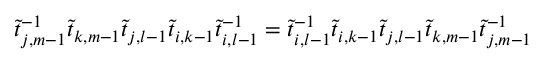
\widetilde { t } _ { j , m - 1 } ^ { - 1 } \widetilde { t } _ { k , m - 1 } \widetilde { t } _ { j , l - 1 } \widetilde { t } _ { i , k - 1 } \widetilde { t } _ { i , l - 1 } ^ { - 1 } = \widetilde { t } _ { i , l - 1 } ^ { - 1 } \widetilde { t } _ { i , k - 1 } \widetilde { t } _ { j , l - 1 } \widetilde { t } _ { k , m - 1 } \widetilde { t } _ { j , m - 1 } ^ { - 1 }